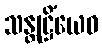
သန္တုဋ္ဌိံယေဝ